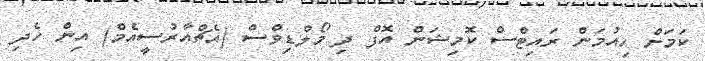
ކަމަށް ހިއުމަން ރައިޓްސް ކޮމިޝަން އޮފް ދި މޯލްޑިވްސް (އެޗްއާރުސީއެމް) އިން ހެދި